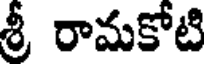
శ్రీ రామకోటి